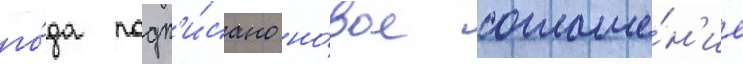
го́да подп'и́сано но́вое соглаше́н'ие